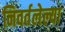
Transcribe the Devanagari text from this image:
निवर्तलेल्या